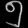
Digit: ၅